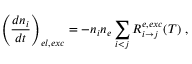
\left( \frac { d n _ { i } } { d t } \right) _ { e l , e x c } = - n _ { i } n _ { e } \sum _ { i < j } R _ { i \rightarrow j } ^ { e , e x c } ( T ) \ ,